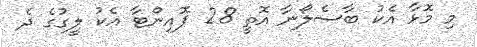
މި މޮޅާ އެކު ބާސެލޯނާ އޮތީ 28 ޕޮއިންޓާ އެކު ލީގުގެ ދެ